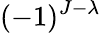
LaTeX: (-1)^{J-\lambda}